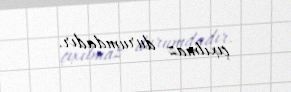
çıxılmaz durumdadır.